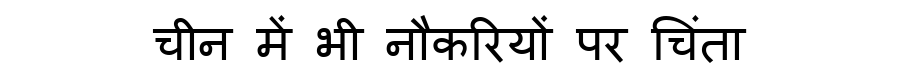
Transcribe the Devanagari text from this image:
चीन में भी नौकरियों पर चिंता